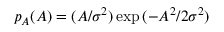
p _ { A } ( A ) = ( A / \sigma ^ { 2 } ) \exp { ( - A ^ { 2 } / 2 \sigma ^ { 2 } ) }